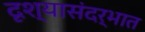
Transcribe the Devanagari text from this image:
दृश्यासंदर्भात